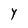
Character: Y